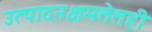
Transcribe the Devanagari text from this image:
उत्पादनक्षमतेतही